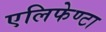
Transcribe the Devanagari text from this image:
एलिफेण्टा